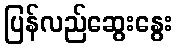
ပြန်လည်ဆွေးနွေး